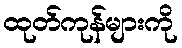
ထုတ်ကုန်များကို